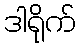
ဒါရိုက်